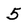
Character: 5